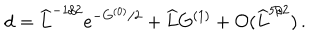
LaTeX: \mathrm { d } = \widehat { L } ^ { - 1 / 2 } e ^ { - G ^ { ( 0 ) } / 2 } + \widehat { L } G ^ { ( 1 ) } + { \cal O } ( \widehat { L } ^ { 5 / 2 } ) \, .